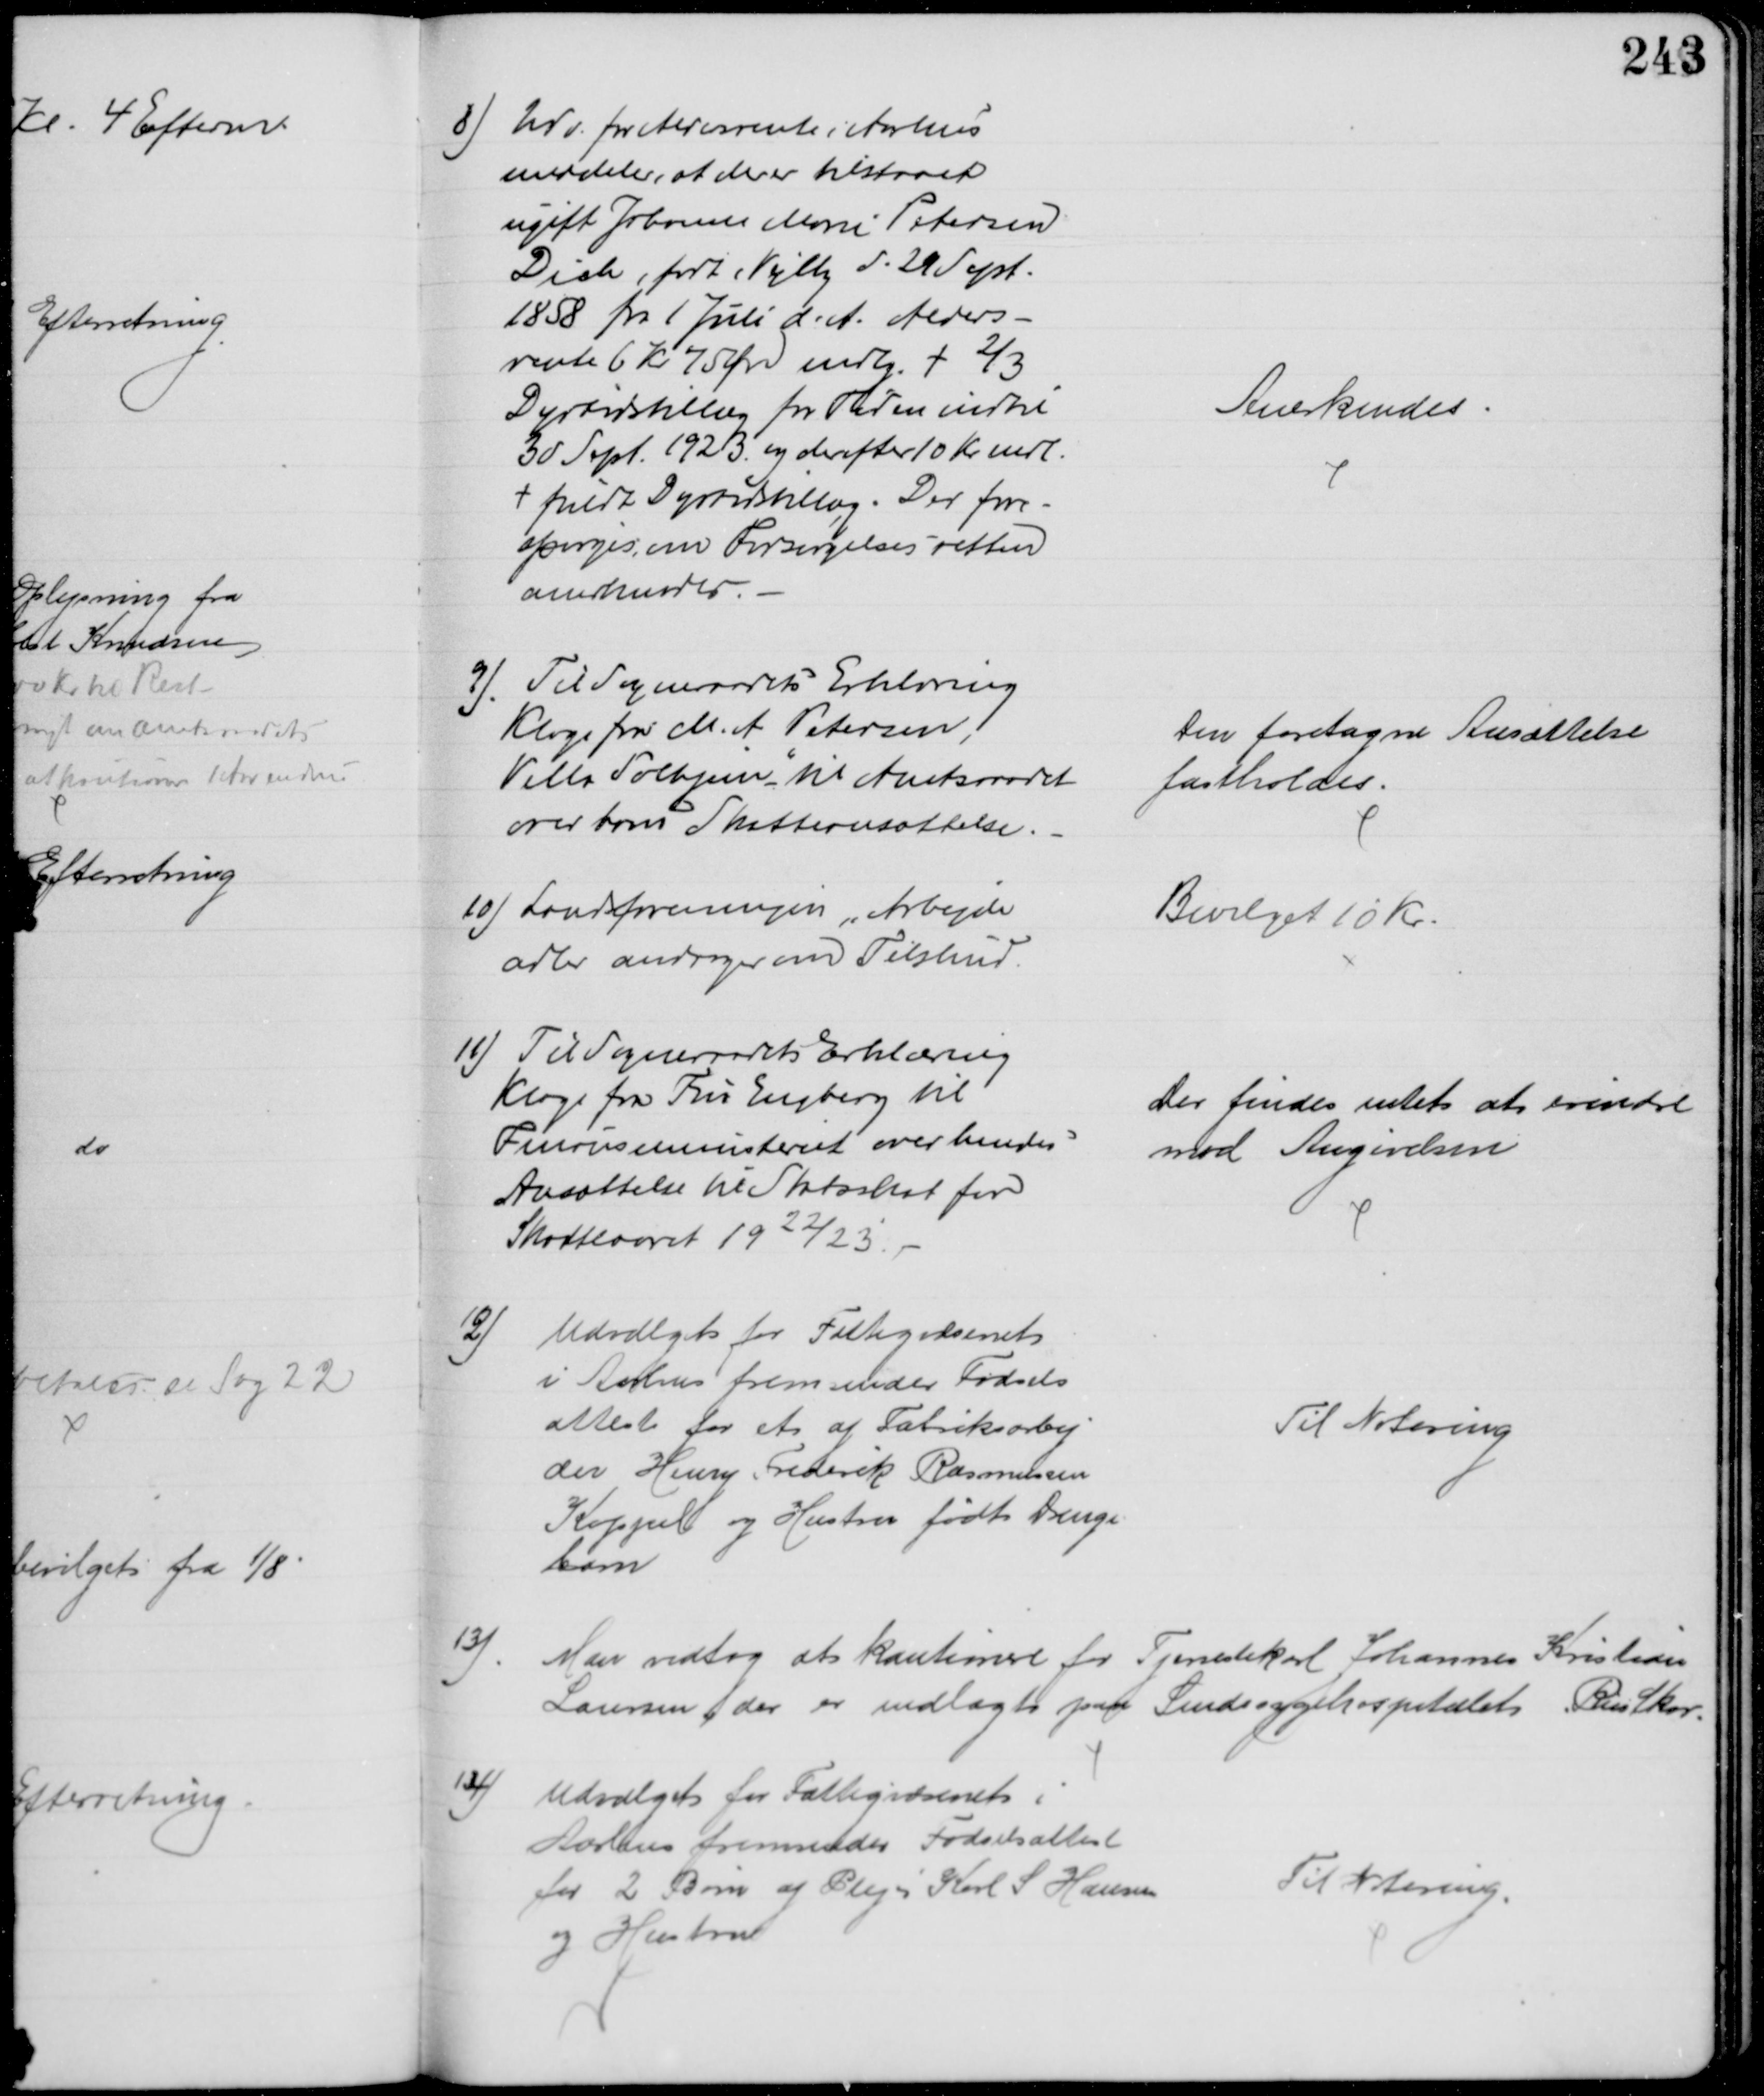
Transskription:
8) Udv. for Aldersrente i Aarhus
meddeler, at der er tilstaaet
ugift Johanne Marie Petersen
Dich, født Vejlby d. 29 Sept.
1858 fra 1 Juli d. A. Alders-
rente 6 Kr 75 Øre mdlg. + ⅔
Dyrtidstillæg for Tiden indtil
30 Sept. 1923 og derefter 10 Kr mdl.
+ fuldt Dyrtidstillæg. Der fore-
spørges, om Forsørgelsesretten
anerkendes.
Anerkendes
9). Til Sogneraadets Erklæring
Klage fra M. A Petersen,
Villa Solhjem" til Amtsraadet
over hans Skatteansættelse.
Den foretagne Ansættelse
fastholdes.
10) Landsforeningen "Arbejde
adler andrager om Tilskud.
Bevilget 10 Kr.
11) Til Sogneraadets Erklæring
Klage fra Fru Engberg til
Finansministeriet over hendes
Ansættelse til Statsskat for
Skatteaaret 1922/23.
Der findes intet at erindre
mod Angivelsen
12) Udvalget for Fattigvæsenet
i Aarhus fremsender Fødsels
attest for et af Fabriksarbej
der Henry Frederik Rasmussen
Koppel og Hustru født Drenge
barn
Til Notering
13)
Man vedtog at kautionere for Tjenestekarl Johannes Kristian 
Laursen, der er indlagt paa Sindssygehospitalet Riis Skov
14)
Udvalget for Fattigvæsenet i
Aarhus fremsender Fødselsattest
for 2 Børn af Plejer Karl S Hansen
og Hustru
Til Notering.